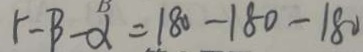
r - B - \alpha = 1 8 0 - 1 8 0 - 1 8 0